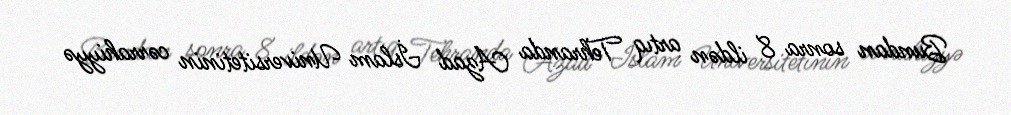
Bundan sonra 8 ildən artıq Tehranda Azad İslam Universitetinin cərrahiyyə